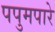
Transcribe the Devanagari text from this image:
पपुमपारे